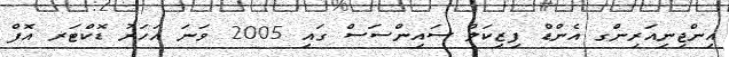
އިންޖިނިއަރިންގ އެންޑް ފިޒިކަލް ސައިންސަސް ގައި 2005 ވަނަ އަހަރު ޑޮކްޓަރ އޮފް